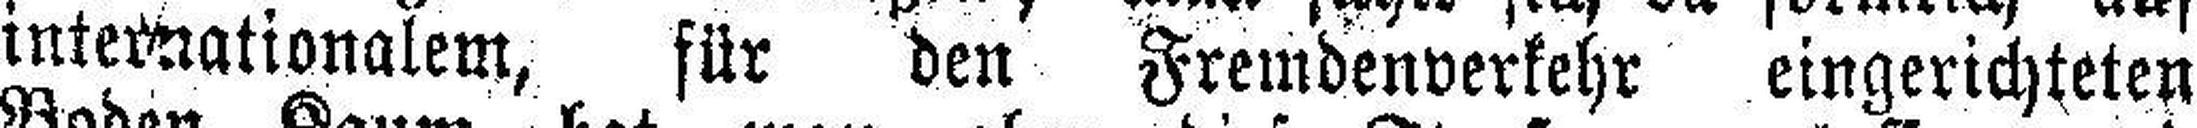
internationalem, für den Fremdenverkehr eingerichteten